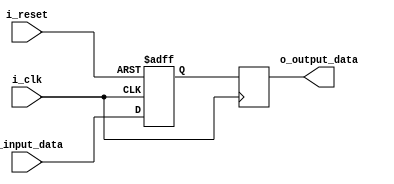
module voltage_level_shifter (
    input wire i_clk,
    input wire i_reset,
    input wire i_input_data,
    output wire o_output_data
);

reg input_reg, output_reg;

// Input and output registers
always @(posedge i_clk or posedge i_reset) begin
    if(i_reset) begin
        input_reg <= 1'b0;
    end else begin
        input_reg <= i_input_data;
    end
end

always @(posedge i_clk) begin
    output_reg <= input_reg; // In this simplistic example, input is just shifted to output
end

assign o_output_data = output_reg;

endmodule